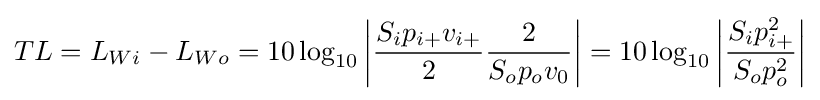
TL=L_{Wi}-L_{Wo}=10\log _{10}\left\vert {S_{i}p_{i+}v_{i+} \over 2}{2 \over S_{o}p_{o}v_{0}}\right\vert =10\log _{10}\left\vert {S_{i}p_{i+}^{2} \over S_{o}p_{o}^{2}}\right\vert